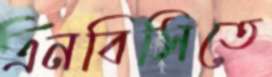
এনবিসিতে